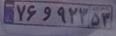
۷۶و۹۲۳۵۳